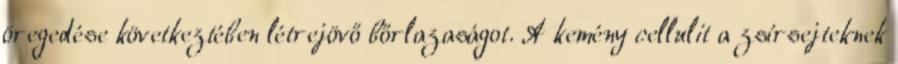
öregedése következtében létrejövő bőrlazaságot. A kemény cellulit a zsírsejteknek